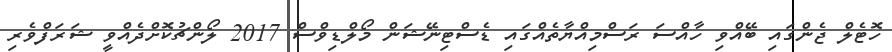
ހޮޓެލް ޖެންގައި ބޭއްވި ހާއްސަ ރަސްމިއްޔާތެއްގައި ޑެސްޓިނޭޝަން މޯލްޑިވްސް 2017 ލޯންޗުކޮށްދެއްވީ ޝަރަފްވެރި